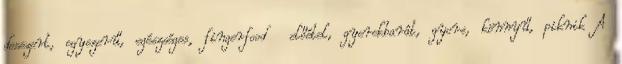
desszert, egyszerű, egészséges, fingerfood előétel, gyerekbarát, gyors, könnyű, piknik A